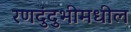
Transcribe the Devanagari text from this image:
रणदुंदुभीमधील